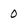
Character: 0